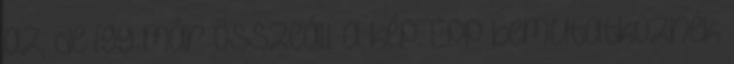
az, de így már összeáll a kép. Épp bemutatkoznék